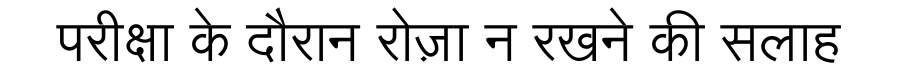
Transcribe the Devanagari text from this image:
परीक्षा के दौरान रोज़ा न रखने की सलाह